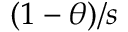
( 1 - \theta ) / s